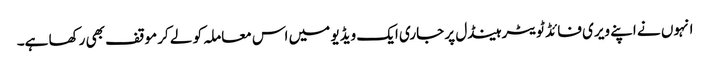
انہوں نے اپنے ویری فائڈ ٹویٹر ہینڈل پر جاری ایک ویڈیو میں اس معاملہ کو لے کر موقف بھی رکھا ہے۔